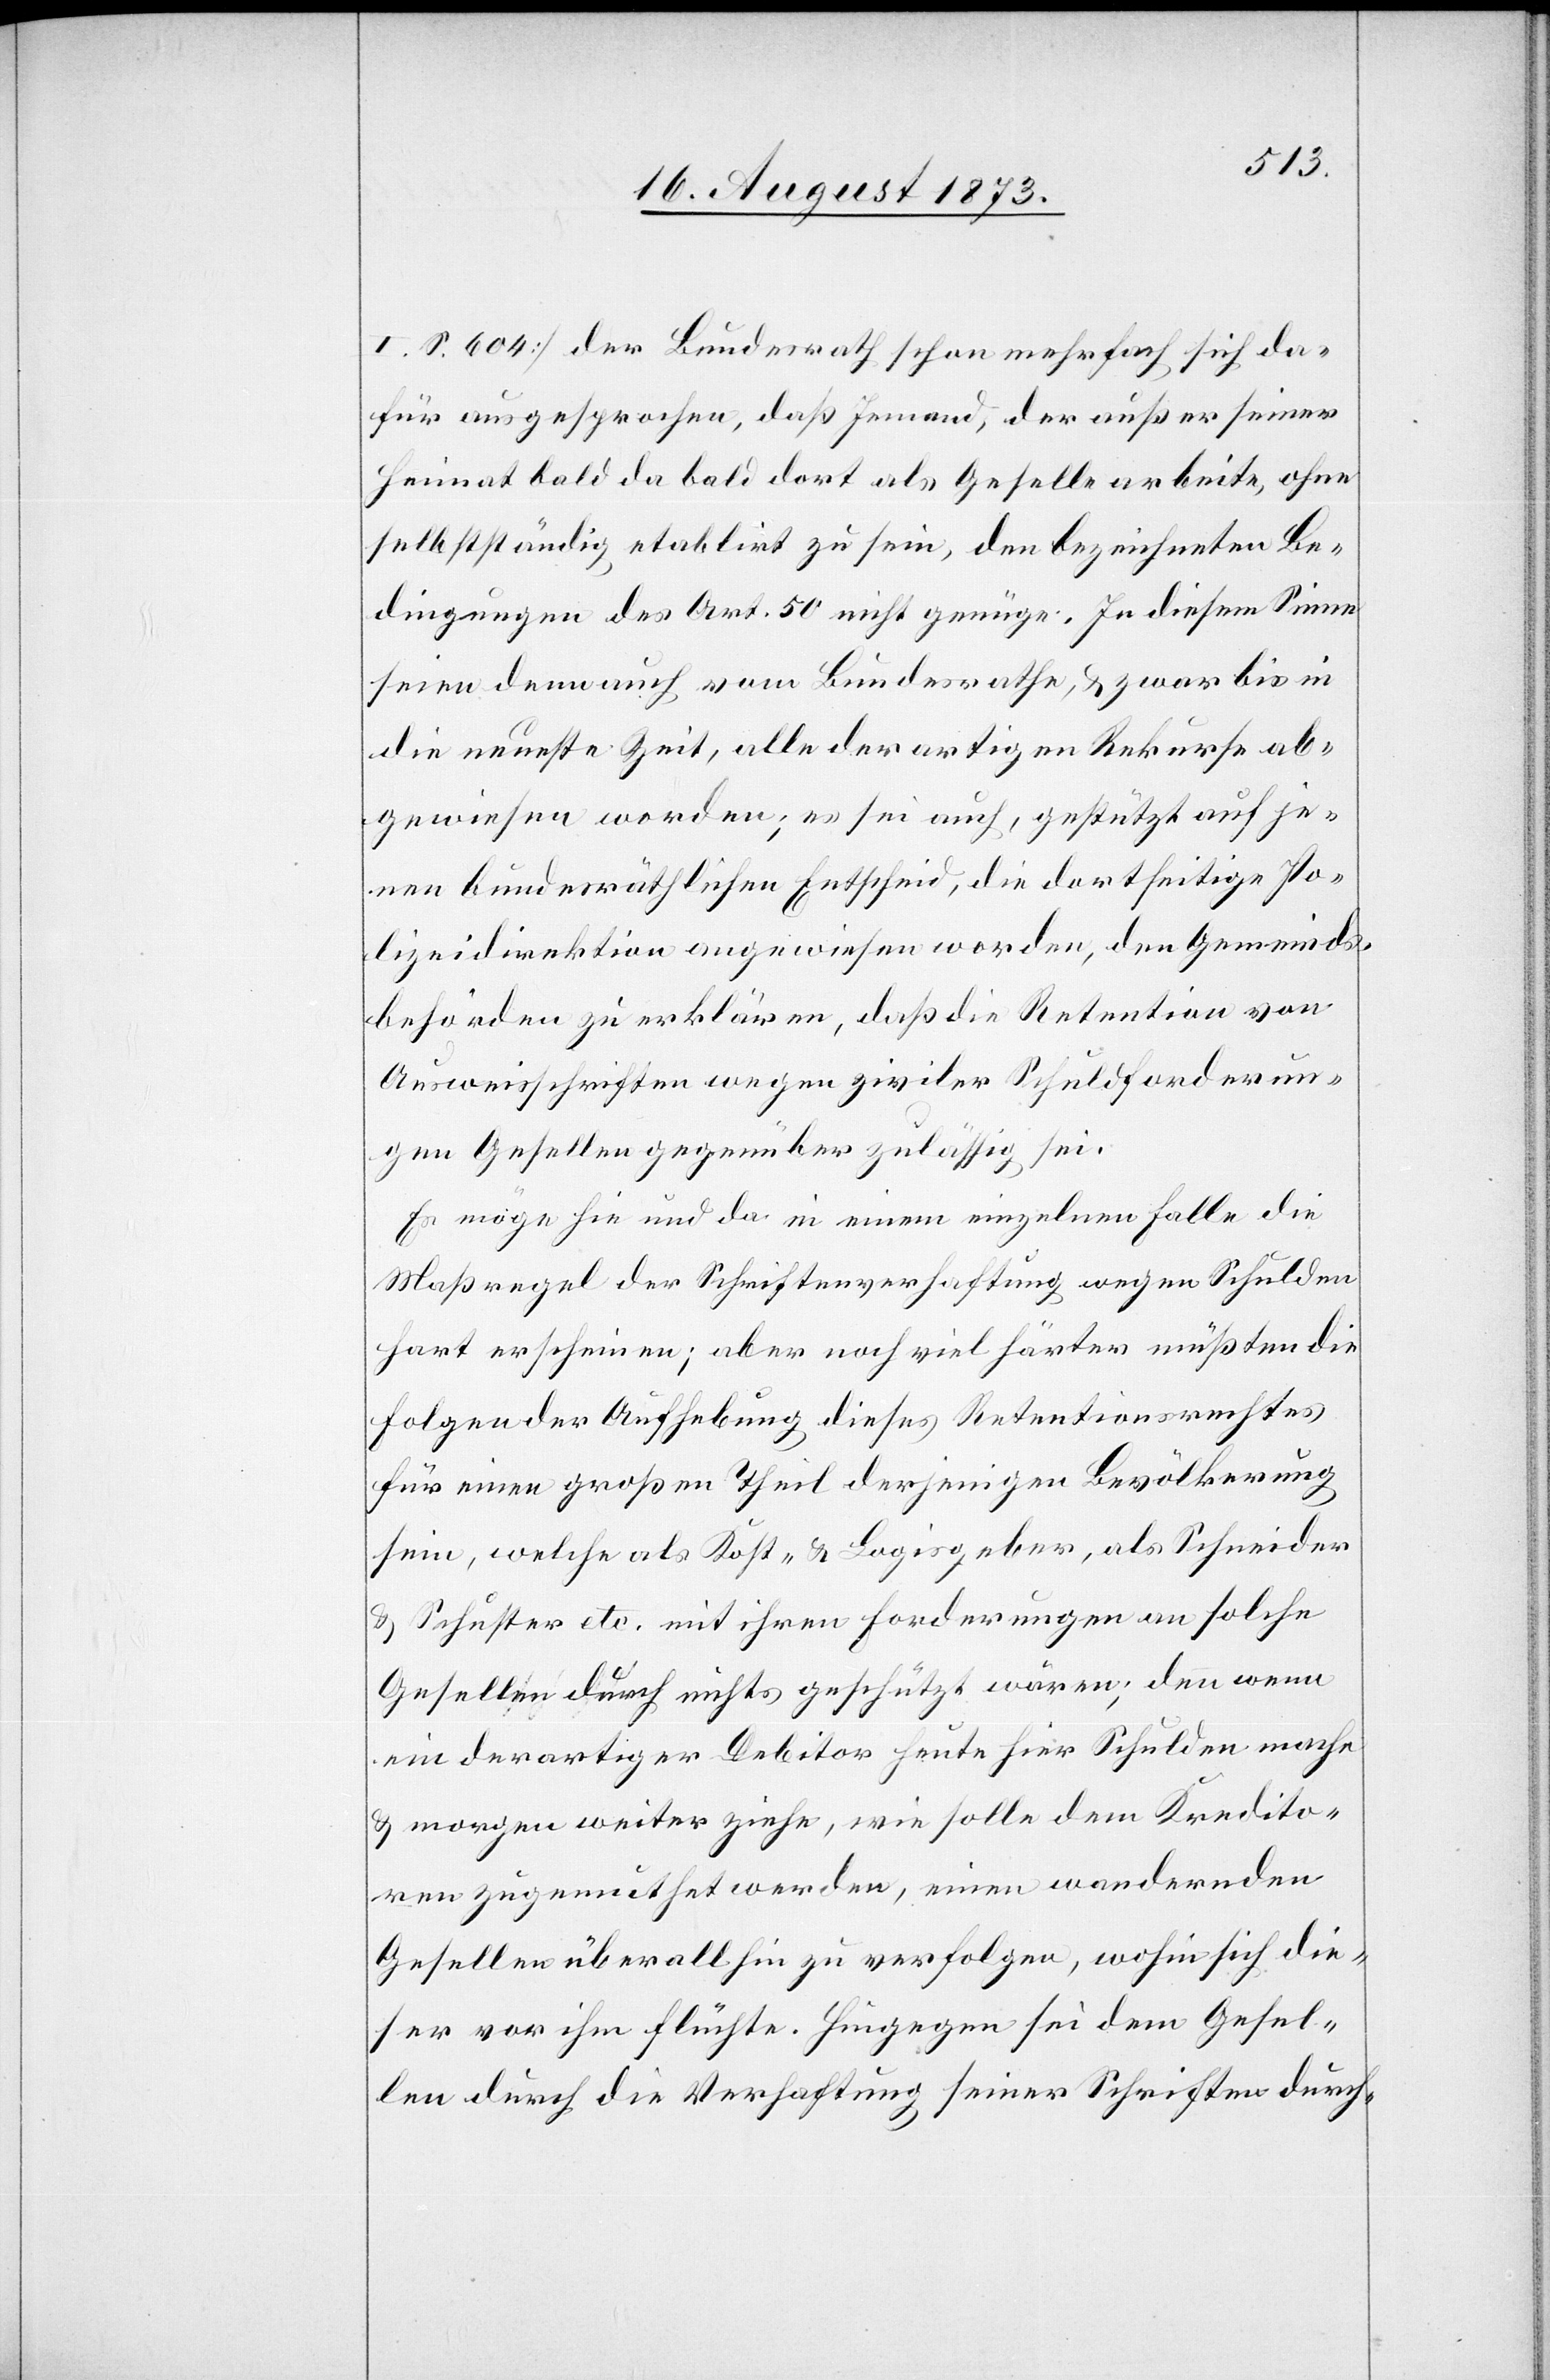
I. S. 604] der Bundesrath schon mehrfach sich da¬
für ausgesprochen, daß Jemand, der außer seiner
Heimat bald da bald dort als Geselle arbeite, ohne
selbstständig etablirt zu sein, den bezeichneten Be¬
dingungen des Art. 50 nicht genüge. In diesem Sinne
seien denn auch vom Bundesrathe, & zwar bis in
die neueste Zeit, alle derartigen Rekurse ab¬
gewiesen worden, es sei auch, gestützt auf je¬
nen bundesräthlichen Entscheid, die dortseitige Po¬
lizeidirektion angewiesen worden, den Gemeinds¬
behörden zu erklären, daß die Retention von
Ausweisschriften wegen ziviler Schuldforderun¬
gen Gesellen gegenüber zulässig sei.
Es möge hie und da in einem einzelnen Falle die
Maßregel der Schriftenverhaftung wegen Schulden
hart erscheinen; aber noch viel härter müßten die
Folgen der Aufhebung dieses Retentionsrechtes
für einen großen Theil derjenigen Bevölkerung
sein, welche als Kost- & Logisgeber, als Schneider
& Schuster etc. mit ihren Forderungen an solche
Gesellen durch nichts geschützt wären; denn wenn
ein derartiger Debitor heute hier Schulden mache
& morgen weiter ziehe, wie solle dem Kredito¬
ren zugemuthet werden, einen wandernden
Gesellen überall hin zu verfolgen, wohn sich die¬
ser vor ihm flüchte. Hingegen sei dem Gesel¬
len durch die Verhaftung seiner Schriften durch-